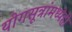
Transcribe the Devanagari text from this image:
योगसूत्रांमध्येही